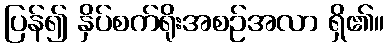
ပြန်၍ နှိပ်စက်ရိုးအစဉ်အလာ ရှိ၏။